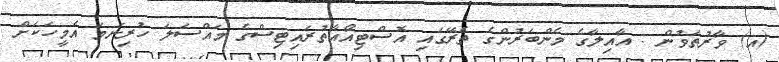
(އ) ވާރުތަވުން : އާއިލާގެ މެންބަރުންގެ ތެރޭގައި އޮސްޓިއޯއާތުރައިޓިސްގެ މައްސަލަ ހުރިނަމަ އެމީހަކަށް